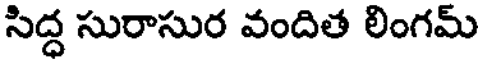
సిద్ధ సురాసుర వందిత లింగమ్